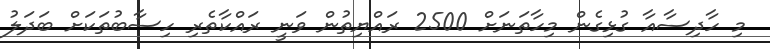
މި ހާދިސާއާ ގުޅިގެން މިހާތަނަށް 2500 ރައްޔިތުން ވަނީ ރައްކާތެރި ހިސާބުތަކަށް ބަދަލު